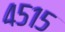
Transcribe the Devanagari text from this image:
४५१५